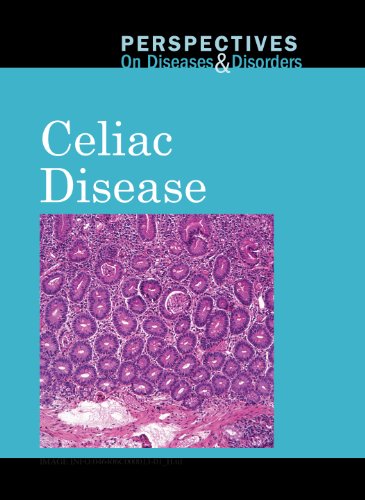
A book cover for Celiac Disease (Perspectives on Diseases and Disorders); Jacqueline Langwith; Teen & Young Adult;